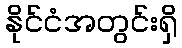
နိုင်ငံအတွင်းရှိ